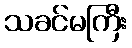
သခင်မကြီး